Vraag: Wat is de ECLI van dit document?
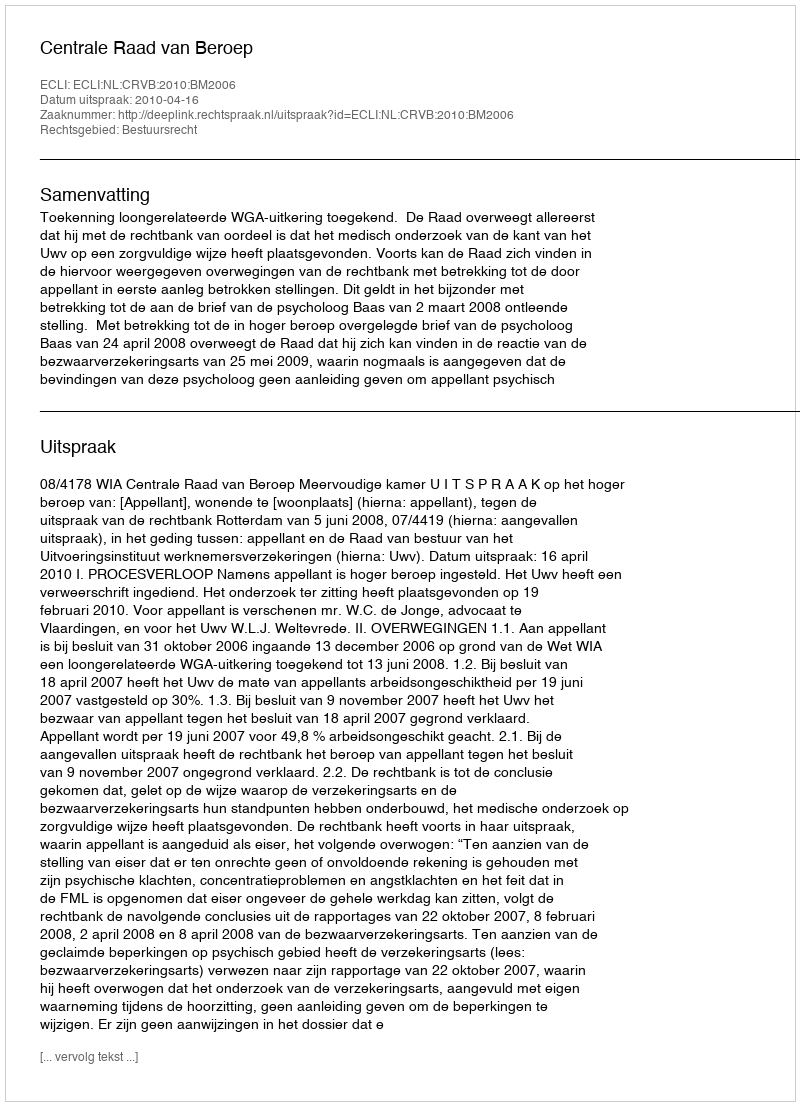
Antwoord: ECLI:NL:CRVB:2010:BM2006